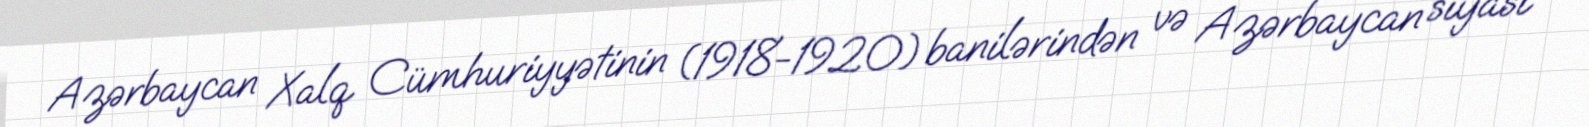
Azərbaycan Xalq Cümhuriyyətinin (1918-1920) banilərindən və Azərbaycan siyasi